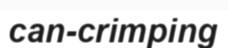
can-crimping